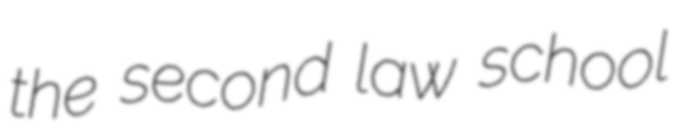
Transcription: the second law school